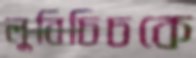
লুবিচিচকে